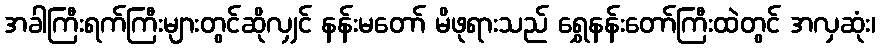
အခါကြီးရက်ကြီးများတွင်ဆိုလျှင် နန်းမတော် မိဖုရားသည် ရွှေနန်းတော်ကြီးထဲတွင် အလှဆုံး၊